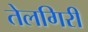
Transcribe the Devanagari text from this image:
तेलगिरी